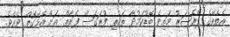
އެތެރޭގެ ޕްރެޝަރު މަތިވެ ބޮޑުކަމުދާ ތަކެތި ފުރަގަސް ފަރާތް އަށް އެޅޭގޮތް ވެއެވެ.